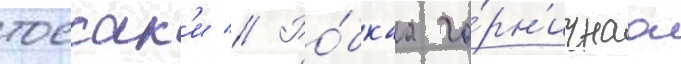
тоесак'и // Ро́бкаа го́рн'ичнаа